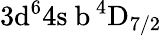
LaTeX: \mathrm{3d^{6}4s\ b\, ^{4}D_{7/2}}